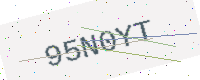
Text: 95N0YT